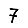
Digit: 7